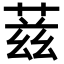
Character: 𬝘